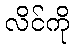
လိင်ကို